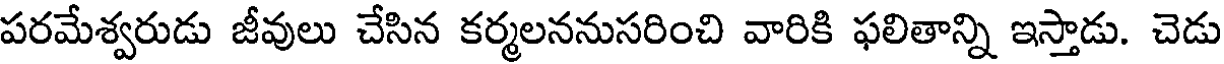
పరమేశ్వరుడు జీవులు చేసిన కర్మలననుసరించి వారికి ఫలితాన్ని ఇస్తాడు. చెడు